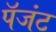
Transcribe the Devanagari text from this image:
पॅजंट